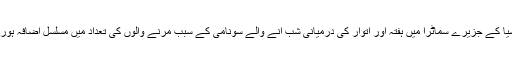
انڈونیشیا کے جزیرے سماٹرا میں ہفتہ اور اتوار کی درمیانی شب آنے والے سونامی کے سبب مرنے والوں کی تعداد میں مسلسل اضافہ ہورہا ہے۔